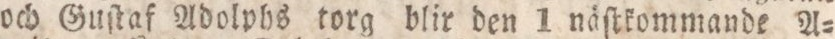
och Guſtaf Adolphs torg blir den 1 näſtkommande A=